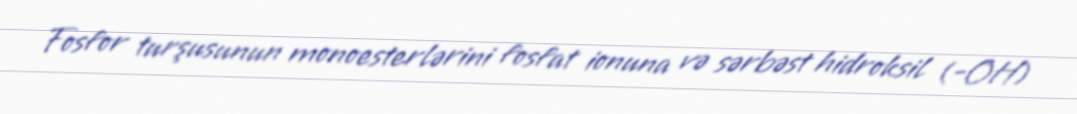
Fosfor turşusunun monoesterlərini fosfat ionuna və sərbəst hidroksil (-OH)